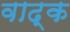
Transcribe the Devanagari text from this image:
वाद्क